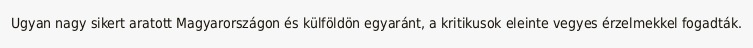
Ugyan nagy sikert aratott Magyarországon és külföldön egyaránt, a kritikusok eleinte vegyes érzelmekkel fogadták.